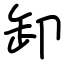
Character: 卸